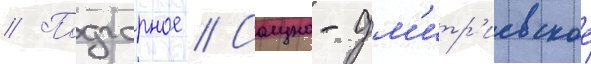
// Подгорное // Солуно-дм'итр'иевское